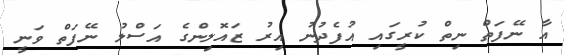
އާ ނޭފަތް ނިތް ކުރީގައި އުފެދުނު އިރު ޒައޮލިންގެ އަސްލު ނޭފަތް ވަނީ